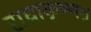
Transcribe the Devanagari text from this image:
राधाकृष्णऩ